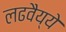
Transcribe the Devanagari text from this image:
लढवैय्ये